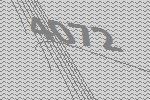
4072